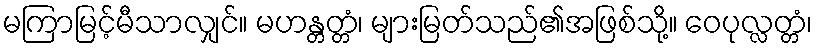
မကြာမြင့်မီသာလျှင်။ မဟန္တတ္တံ၊ များမြတ်သည်၏အဖြစ်သို့။ ဝေပုလ္လတ္တံ၊